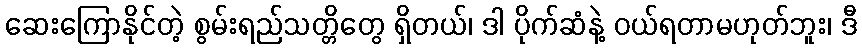
ဆေးကြောနိုင်တဲ့ စွမ်းရည်သတ္တိတွေ ရှိတယ်၊ ဒါ ပိုက်ဆံနဲ့ ဝယ်ရတာမဟုတ်ဘူး၊ ဒီ